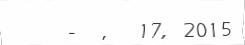
-